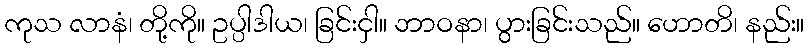
ကုသ လာနံ၊ တို့ကို။ ဥပ္ပါဒါယ၊ ခြင်းငှါ။ ဘာဝနာ၊ ပွားခြင်းသည်။ ဟောတိ၊ နည်း။